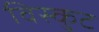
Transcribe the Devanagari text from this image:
विस्कुट